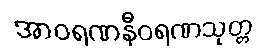
အာဝရဏနီဝရဏသုတ္တ